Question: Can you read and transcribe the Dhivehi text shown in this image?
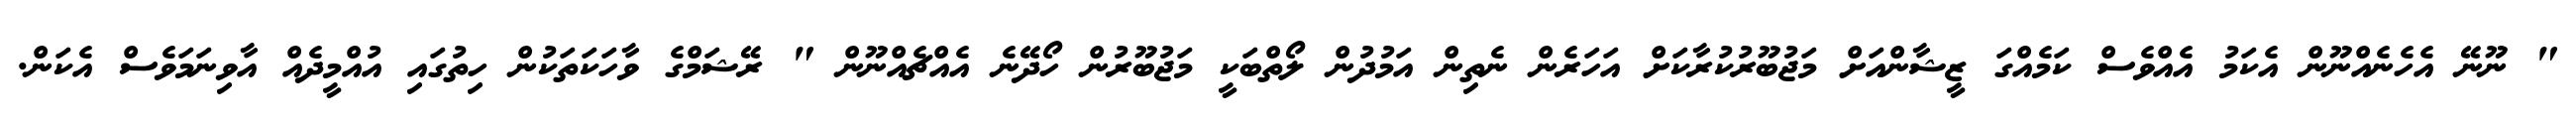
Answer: " ނޫނޭ އެހެނެއްނޫން އެކަމު އެއްވެސް ކަމެއްގަ ޒީޝާންއަށް މަޖުބޫރުކުރާކަށް އަހަރެން ނެތިން އަމުދުން ލޯތްބަކީ މަޖުބޫރުން ހޯދޭނެ އެއްޗެއްނޫން " ރޭޝަމްގެ ވާހަކަތަކުން ހިތުގައި އުއްމީދެއް އާވިނަމަވެސް އެކަން.